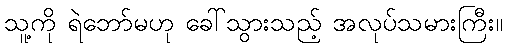
သူ့ကို ရဲဘော်မဟု ခေါ်သွားသည့် အလုပ်သမားကြီး။